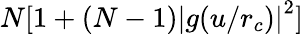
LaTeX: N[1+(N-1)\left\vert g(u/r_{c})\right\vert^{2}]